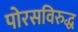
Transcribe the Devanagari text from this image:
पोरसविरुद्ध